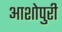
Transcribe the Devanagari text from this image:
आशोपुरी